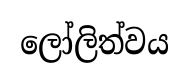
ලෝලිත්වය